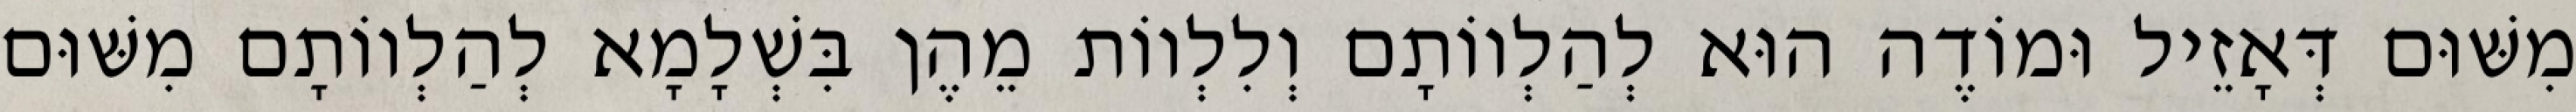
מִשּׁוּם דְּאָזֵיל וּמוֹדֶה הוּא לְהַלְווֹתָם וְלִלְווֹת מֵהֶן בִּשְׁלָמָא לְהַלְווֹתָם מִשּׁוּם